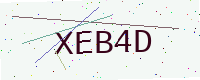
Text: XEB4D